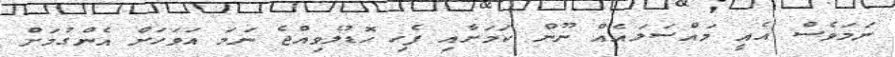
ނަމަވެސް އެއީ މައްސަލައެއް ނޫން ކަމަށާއި ފެހި ހޮޑުލެވިއްޖެ ނަމަ އަވަހަށް އެންގުމަށް